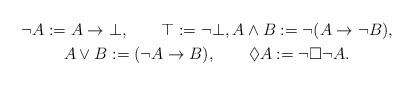
LaTeX: \begin{gather*}\neg A := A\to \bot,\qquad\top := \neg \bot,A\wedge B := \neg (A\to \neg B),\\A\vee B := (\neg A\to B),\qquad\Diamond A := \neg\Box \neg A.\end{gather*}